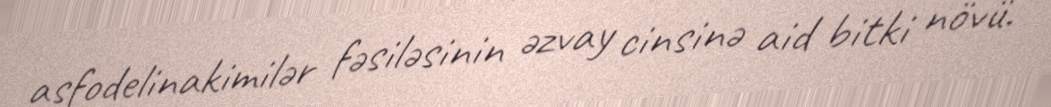
asfodelinakimilər fəsiləsinin əzvay cinsinə aid bitki növü.